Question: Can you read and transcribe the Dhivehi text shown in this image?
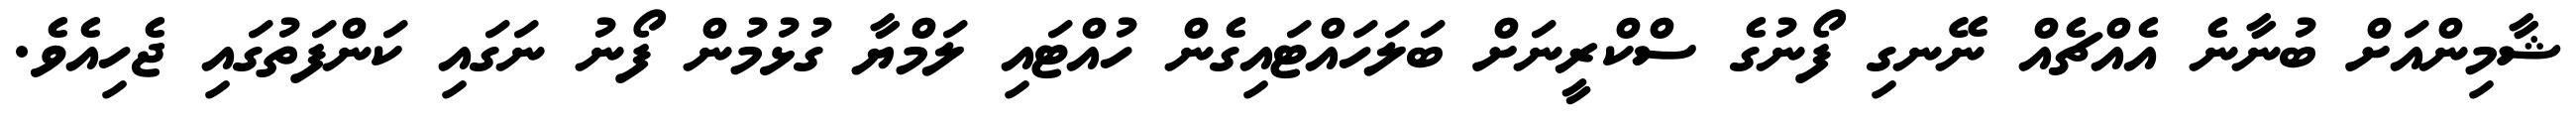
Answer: ޝާމިންއަށް ބުނާނެ އެއްޗެއް ނޭނގި ފޯނުގެ ސްކްރީނަށް ބަލަހައްޓައިގެން ހުއްޓައި ލަމްޔާ ގުޅުމުން ފޯނު ނަގައި ކަންފަތުގައި ޖެހިއެވެ.